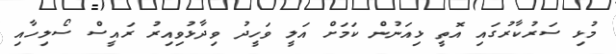
މުޅި ސަރުކާރުގައި އޮތީ ޅިއަނުން ކަމަށް އަލީ ވަހީދު ވިދާޅުވިއިރު ރައީސް ސޯލިހާއި